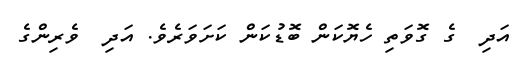
އަދި  ގެ ގޮވަތި ހެޔޮކަން ބޮޑުކަން ކަށަވަރެވެ. އަދި  ވެރިންގެ